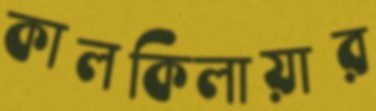
কালকিলায়ার